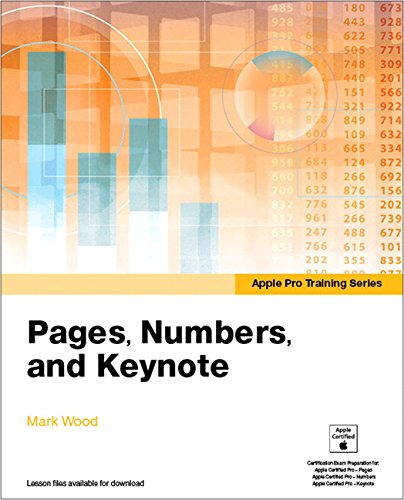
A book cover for Apple Pro Training Series: Pages, Numbers, and Keynote; Mark Wood; Computers & Technology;